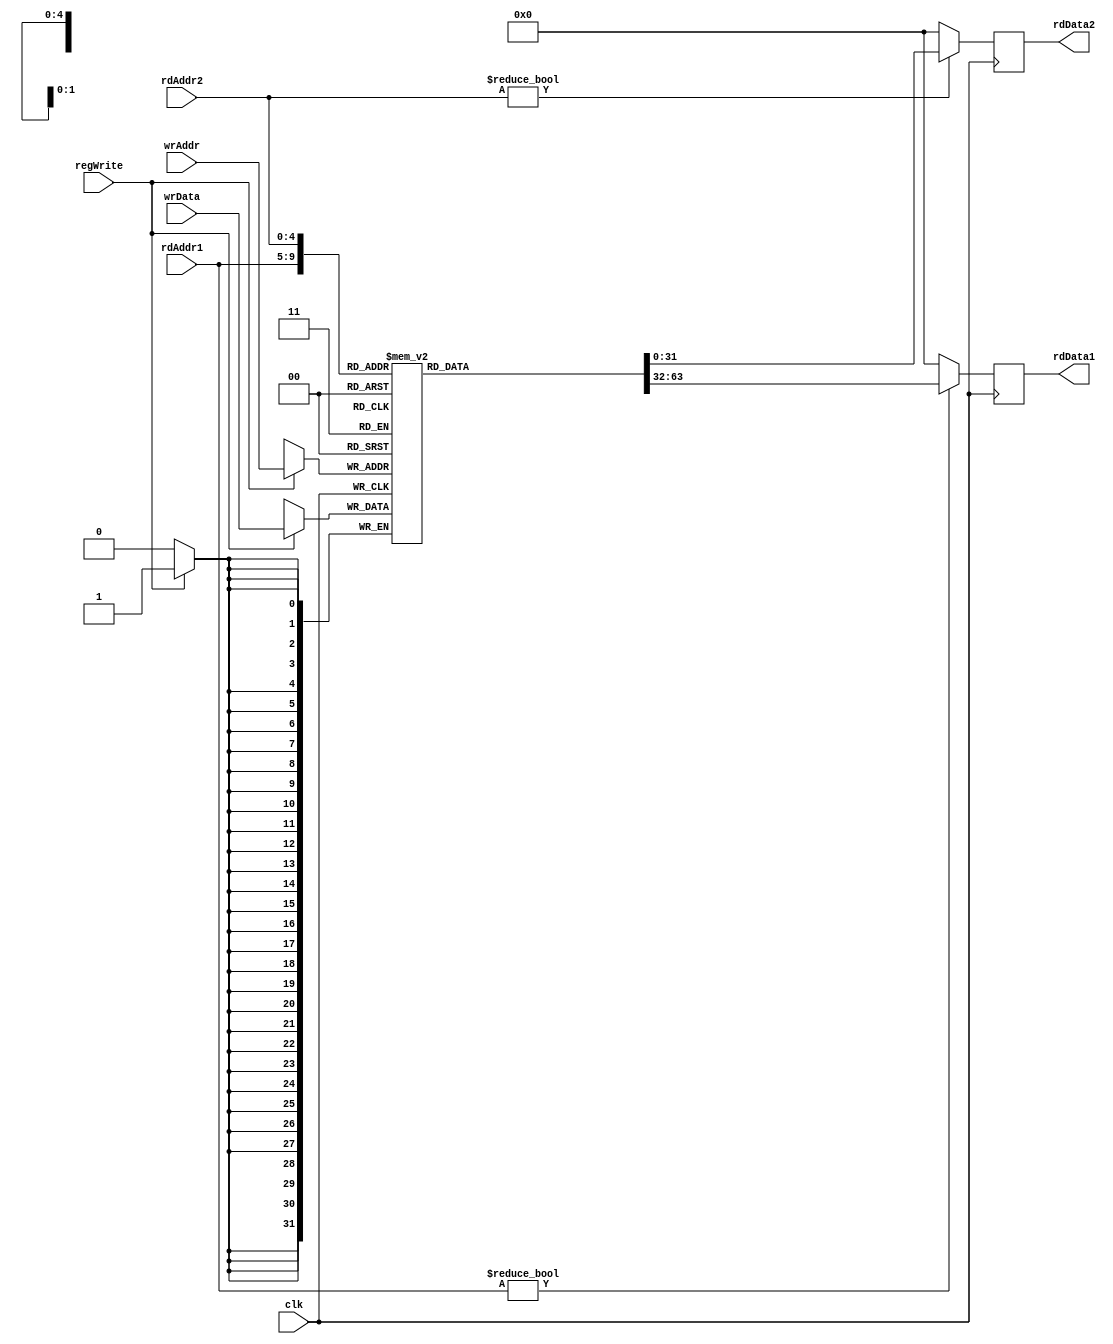
module reg_file (
  input             clk,
  input      [4:0]  rdAddr1, rdAddr2, wrAddr,
  input             regWrite,
  input      [31:0] wrData,
  output reg [31:0] rdData1, rdData2
);

reg [31:0] mem [31:0];

always @(posedge clk)
  if (regWrite)
    mem[wrAddr] <= wrData;

always @(negedge clk) begin
  if (rdAddr1 != 5'b0) rdData1 <= mem[rdAddr1];
  else                 rdData1 <= 32'b0;
end

always @(negedge clk) begin
  if (rdAddr2 != 5'b0) rdData2 <= mem[rdAddr2];
  else                 rdData2 <= 32'b0;
end

// assign rdData1 = (rdAddr1 != 5'b0) ? mem[rdAddr1] : 32'b0;
// assign rdData2 = (rdAddr2 != 5'b0) ? mem[rdAddr2] : 32'b0;

endmodule